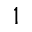
^ 1